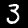
Label: 3